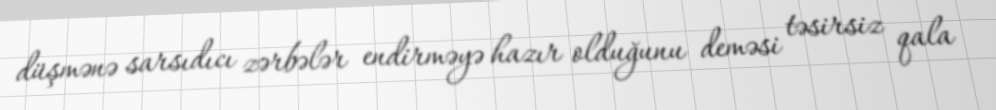
düşmənə sarsıdıcı zərbələr endirməyə hazır olduğunu deməsi təsirsiz qala